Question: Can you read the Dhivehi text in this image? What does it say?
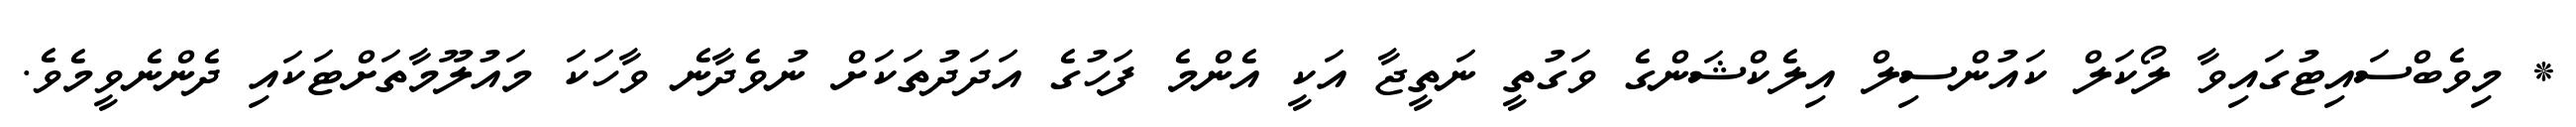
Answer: * މިވެބްސައިޓުގައިވާ ލޯކަލް ކައުންސިލް އިލެކްޝަންގެ ވަގުތީ ނަތީޖާ އަކީ އެންމެ ފަހުގެ އަދަދުތަކަށް ނުވެދާނެ ވާހަކަ މައުލޫމާތަށްޓަކައި ދެންނެވީމެވެ.